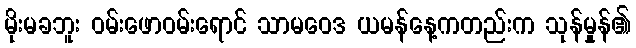
မိုးမခဘူး ဝမ်းဖောဝမ်းရောင် သာမဝေဒ ယမန်နေ့ကတည်းက သုန်မှုန်၏